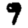
Digit: 9